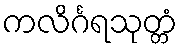
ကလိင်္ဂရသုတ္တံ